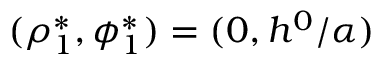
( \rho _ { 1 } ^ { * } , \phi _ { 1 } ^ { * } ) = ( 0 , h ^ { 0 } / \alpha )